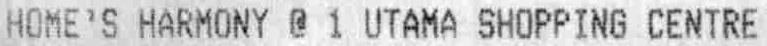
HOME'S HARMONY @ 1 UTAMA SHOPPING CENTRE